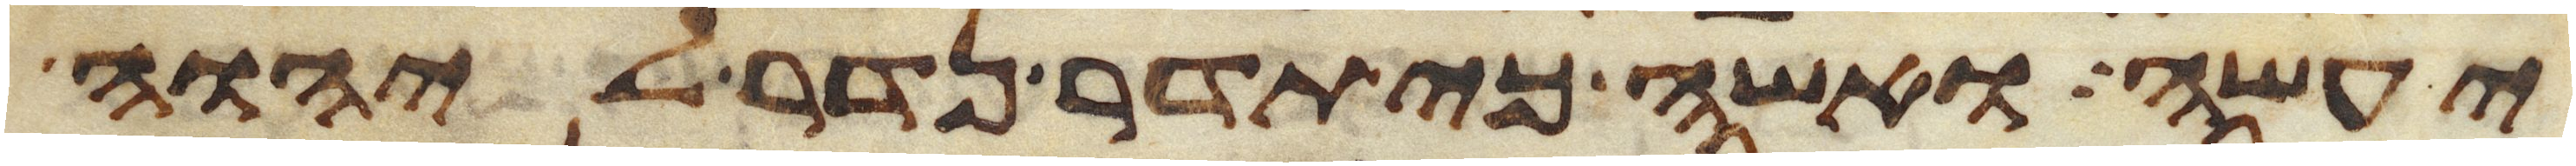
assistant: יעשה ואשה כי תדר נדר ליהוה